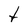
Character: t